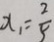
x _ { 1 } = \frac { 2 } { 5 }